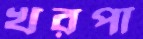
খরপা